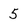
Character: 5